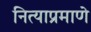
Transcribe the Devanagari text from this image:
नित्याप्रमाणे